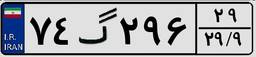
۷۴گ۲۹۶۲۹